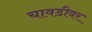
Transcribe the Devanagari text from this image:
चावडीवर